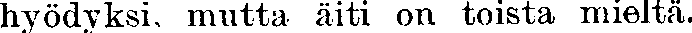
hyödyksi, mutta äiti on toista mieltä.